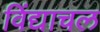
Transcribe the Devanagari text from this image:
विंद्याचल